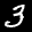
Label: 3